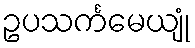
ဥပသင်္ကမေယျုံ